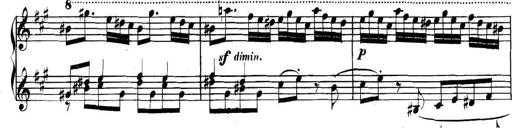
Title: Collected Piano Sonatas
Composer: Muzio Clementi